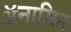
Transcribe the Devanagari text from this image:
ॲनासिन